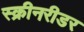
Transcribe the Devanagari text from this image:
स्क्रीनरीडर